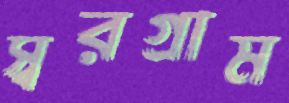
স্বরগ্রাম